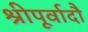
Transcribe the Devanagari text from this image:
श्रीपूर्वादौ